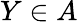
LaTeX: Y\in A